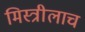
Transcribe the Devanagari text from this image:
मिस्त्रीलाच